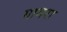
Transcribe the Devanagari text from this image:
गागरा